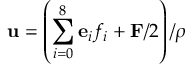
\mathbf { u } = \left( \sum _ { i = 0 } ^ { 8 } \mathbf { e } _ { i } f _ { i } + \mathbf { F } / 2 \right) / \rho